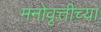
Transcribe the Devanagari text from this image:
मनोवृत्तीच्या